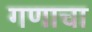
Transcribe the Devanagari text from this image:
गणाचा